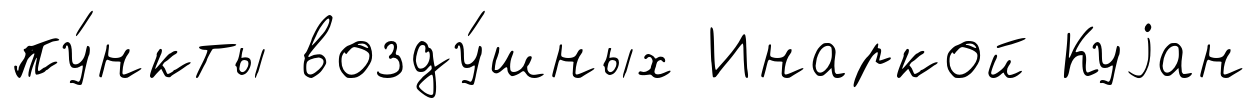
пу́нкты возду́шных Инаркой Куjан